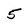
Character: 5